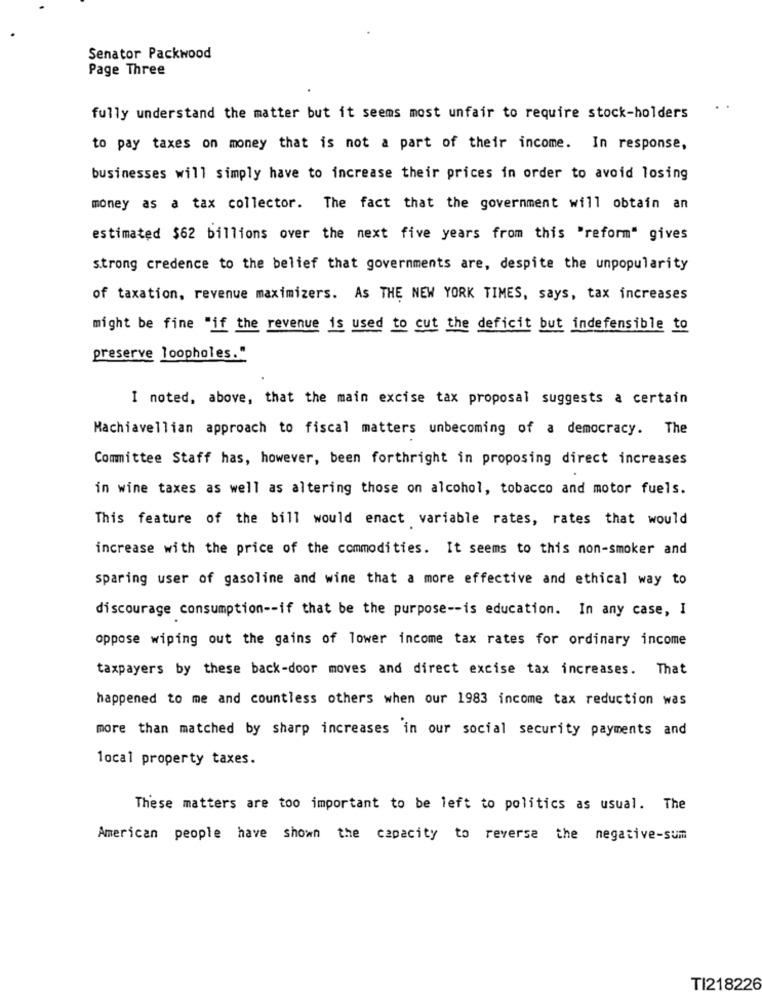
Senator Packwood
Page Three
fully understand the matter but it seems most unfair to require stock-holders
to pay taxes on money that is not a part of their income. In response,
businesses will simply have to increase their prices in order to avoid losing
money as a tax collector. The fact that the government will obtain an
estimated $62 billions over the next five years from this "reform" gives
strong credence to the belief that governments are, despite the unpopularity
of taxation, revenue maximizers. As THE NEW YORK TIMES, says, tax increases
might be fine "if the revenue is used to cut the deficit but indefensible to
preserve loopholes."
I noted, above, that the main excise tax proposal suggests a certain
Machiavellian approach to fiscal matters unbecoming of a democracy. The
Committee Staff has, however, been forthright in proposing direct increases
in wine taxes as well as altering those on alcohol, tobacco and motor fuels.
This feature of the bill would enact variable rates, rates that would
increase with the price of the commodities. It seems to this non-smoker and
sparing user of gasoline and wine that a more effective and ethical way to
discourage consumption -- if that be the purpose -- is education. In any case, I
oppose wiping out the gains of lower income tax rates for ordinary income
taxpayers by these back-door moves and direct excise tax increases. That
happened to me and countless others when our 1983 income tax reduction was
more than matched by sharp increases in our social security payments and
local property taxes.
These matters are too important to be left to politics as usual. The
American people have shown the capacity to reverse the negative-sum
TI218226